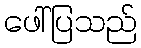
ဖေါ်ပြသည်